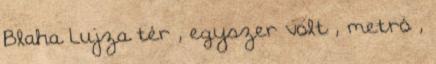
Blaha Lujza tér , egyszer volt , metró ,